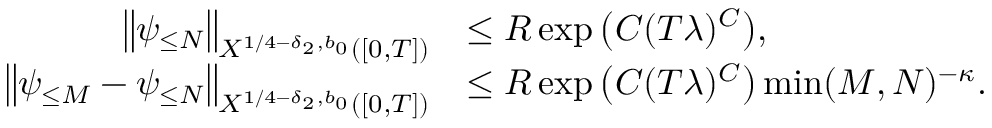
\begin{array} { r l } { \big \| \psi _ { \leq N } \big \| _ { X ^ { 1 / 4 - \delta _ { 2 } , b _ { 0 } } ( [ 0 , T ] ) } } & { \leq R \exp \big ( C ( T \lambda ) ^ { C } \big ) , } \\ { \big \| \psi _ { \leq M } - \psi _ { \leq N } \big \| _ { X ^ { 1 / 4 - \delta _ { 2 } , b _ { 0 } } ( [ 0 , T ] ) } } & { \leq R \exp \big ( C ( T \lambda ) ^ { C } \big ) \operatorname* { m i n } ( M , N ) ^ { - \kappa } . } \end{array}